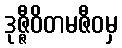
ဒုဇ္ဇီဝိတမဇီဝမှ